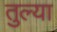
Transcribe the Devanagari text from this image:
तुल्या